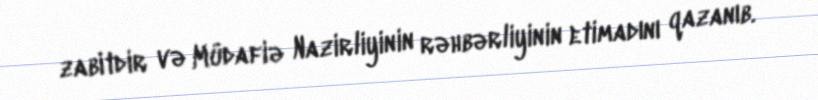
zabitdir və Müdafiə Nazirliyinin rəhbərliyinin etimadını qazanıb.